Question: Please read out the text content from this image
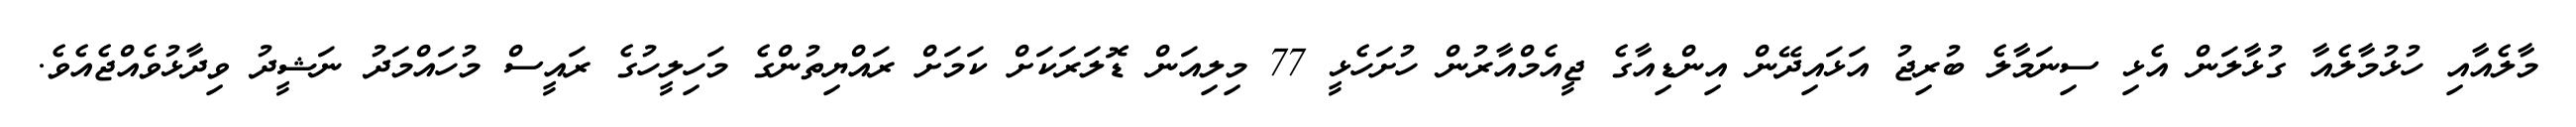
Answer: މާލެއާއި ހުޅުމާލެއާ ގުޅާލަން އެޅި ސިނަމާލެ ބުރިޖު އަޅައިދޭން އިންޑިއާގެ ޖީއެމްއާރުން ހުށަހެޅީ 77 މިލިއަން ޑޮލަރަކަށް ކަމަށް ރައްޔިތުންގެ މަހިލީހުގެ ރައީސް މުހައްމަދު ނަޝީދު ވިދާޅުވެއްޖެއެވެ.